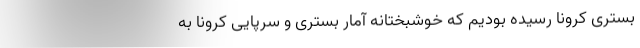
بستری کرونا رسیده بودیم که خوشبختانه آمار بستری و سرپایی کرونا به